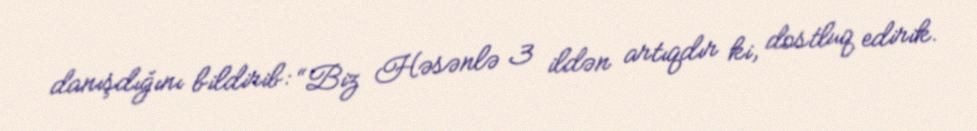
danışdığını bildirib: “Biz Həsənlə 3 ildən artıqdır ki, dostluq edirik.